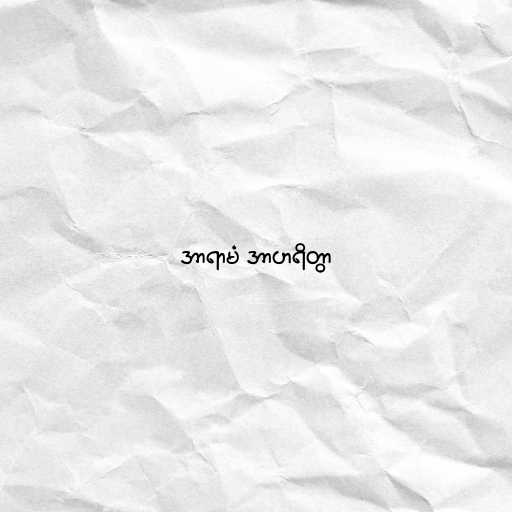
အာရာမံ အာဟရိတွာ